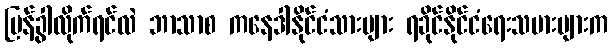
ပြန်ခွါလိုက်ရင်လဲ ဘာသာစ ကနေဒါနိုင်ငံသားများ ရခိုင်နိုင်ငံရေးသမားများက